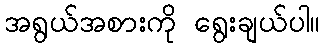
အရွယ်အစားကို ရွေးချယ်ပါ။